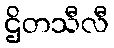
ဌိတသီလီ